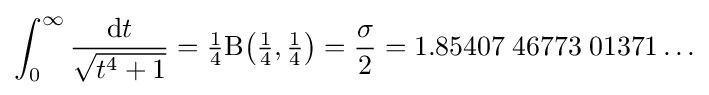
\int _{0}^{\infty }{\frac {\mathrm {d} t}{\sqrt {t^{4}+1}}}={\tfrac {1}{4}}\mathrm {B} {\bigl (}{\tfrac {1}{4}},{\tfrac {1}{4}}{\bigr )}={\frac {\sigma }{2}}=1.85407\;46773\;01371\ldots